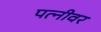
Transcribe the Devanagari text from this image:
पत्‍नीवर